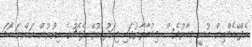
އެފްއޭއެމްއިން ބުނީ މިހާރުވެސް މިމުބާރާތުގައި މިއަދު ކުޅޭ ދެމެޗުގެ އިތުރުން އަންނަ ހޯމަ